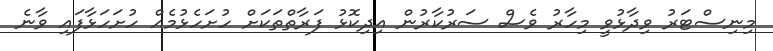
މިނިސްޓަރު ވިދާޅުވީ މިހާރު ވެސް ސަރުކާރުން އިދިކޮޅު ފަރާތްތަކަށް ހުށަހެޅުމެއް ހުށަހަޅާފައި ވާނެ